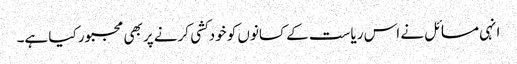
انہی مسائل نے اس ریاست کے کسانوں کو خودکشی کرنے پر بھی مجبور کیا ہے۔